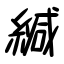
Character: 緘